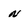
Character: n